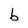
Character: b